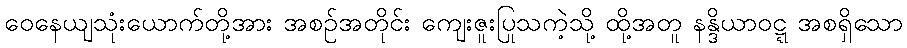
ဝေနေယျသုံးယောက်တို့အား အစဉ်အတိုင်း ကျေးဇူးပြုသကဲ့သို့ ထို့အတူ နန္ဒိယာဝဋ္ဋ အစရှိသော